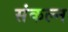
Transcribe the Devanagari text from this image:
संकल्न